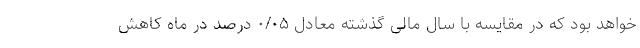
خواهد بود که در مقایسه با سال مالی گذشته معادل ۰/۰۵ درصد در ماه کاهش